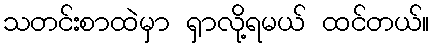
သတင်းစာထဲမှာ ရှာလို့ရမယ် ထင်တယ်။